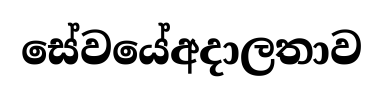
සේවයේඅදාලතාව